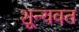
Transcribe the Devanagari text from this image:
शून्यवत